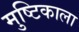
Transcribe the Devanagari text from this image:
मुष्टिकाला